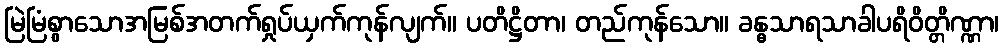
မြဲမြံစွာသောအမြစ်အတက်ရှုပ်ယှက်ကုန်လျက်။ ပတိဋ္ဌိတာ၊ တည်ကုန်သော။ ခန္ဓသာရသာခါပရိဝိတ္တိဏ္ဏာ၊